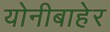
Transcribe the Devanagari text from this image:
योनीबाहेर